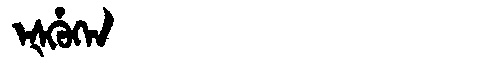
Manchu: ᡝᡧᡥᡠᡴᡝᠨ
Romanization: EŠHUKEN